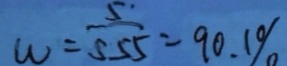
w = \frac { 5 } { 5 5 5 } = 9 0 . 1 \%